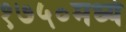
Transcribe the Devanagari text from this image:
१७५०मध्ये